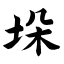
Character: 垛